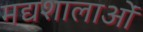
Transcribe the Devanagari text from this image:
मद्यशालाओं